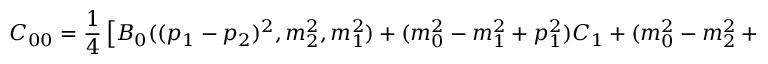
C _ { 0 0 } = \frac { 1 } { 4 } \left[ B _ { 0 } ( { ( p _ { 1 } - p _ { 2 } ) ^ { 2 } } , m _ { 2 } ^ { 2 } , m _ { 1 } ^ { 2 } ) + ( m _ { 0 } ^ { 2 } - m _ { 1 } ^ { 2 } + p _ { 1 } ^ { 2 } ) C _ { 1 } + ( m _ { 0 } ^ { 2 } - m _ { 2 } ^ { 2 } + p _ { 2 } ^ { 2 } ) C _ { 2 } + 2 m _ { 0 } ^ { 2 } C _ { 0 } \right] .